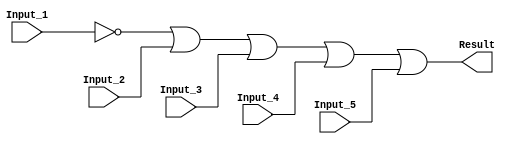
/******************************************************************************
 ** Logisim goes FPGA automatic generated Verilog code                       **
 **                                                                          **
 ** Component : OR_GATE_5_INPUTS                                             **
 **                                                                          **
 ******************************************************************************/

`timescale 1ns/1ps
module OR_GATE_5_INPUTS( Input_1,
                         Input_2,
                         Input_3,
                         Input_4,
                         Input_5,
                         Result);

   /***************************************************************************
    ** Here all module parameters are defined with a dummy value             **
    ***************************************************************************/
   parameter BubblesMask = 1;


   /***************************************************************************
    ** Here the inputs are defined                                           **
    ***************************************************************************/
   input  Input_1;
   input  Input_2;
   input  Input_3;
   input  Input_4;
   input  Input_5;

   /***************************************************************************
    ** Here the outputs are defined                                          **
    ***************************************************************************/
   output Result;

   /***************************************************************************
    ** Here the internal wires are defined                                   **
    ***************************************************************************/
   wire s_real_input_1;
   wire s_real_input_2;
   wire s_real_input_3;
   wire s_real_input_4;
   wire s_real_input_5;
   wire[4:0] s_signal_invert_mask;


   /***************************************************************************
    ** Here the bubbles are processed                                        **
    ***************************************************************************/
   assign s_signal_invert_mask = BubblesMask;
   assign s_real_input_1 = (s_signal_invert_mask[0]) ? ~Input_1: Input_1;
   assign s_real_input_2 = (s_signal_invert_mask[1]) ? ~Input_2: Input_2;
   assign s_real_input_3 = (s_signal_invert_mask[2]) ? ~Input_3: Input_3;
   assign s_real_input_4 = (s_signal_invert_mask[3]) ? ~Input_4: Input_4;
   assign s_real_input_5 = (s_signal_invert_mask[4]) ? ~Input_5: Input_5;

   /***************************************************************************
    ** Here the functionality is defined                                     **
    ***************************************************************************/
   assign Result = s_real_input_1 |
                   s_real_input_2 |
                   s_real_input_3 |
                   s_real_input_4 |
                   s_real_input_5;


endmodule